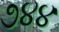
૭૪૪